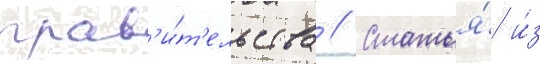
прав'и́т'ельства // Статья́ и́з